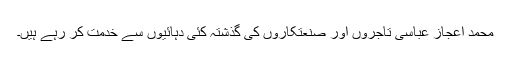
محمد اعجاز عباسی تاجروں اور صنعتکاروں کی گذشتہ کئی دہائیوں سے خدمت کر رہے ہیں۔